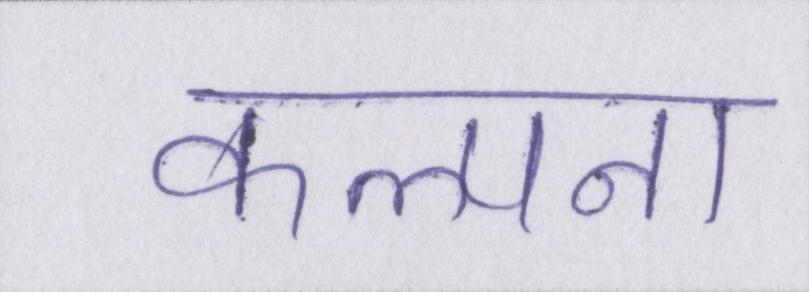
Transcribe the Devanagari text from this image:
कल्पना